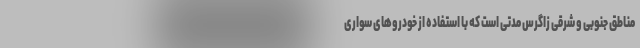
مناطق جنوبی و شرقی زاگرس مدتی است که با استفاده از خودروهای سواری